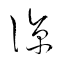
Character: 涼